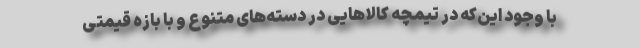
با وجود این‌که در تیمچه کالاهایی در دسته‌های متنوع و با بازه قیمتی